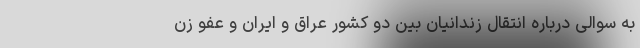
به سوالی درباره انتقال زندانیان بین دو کشور عراق و ایران و عفو زن